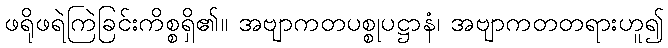
ဖရိုဖရဲကြဲခြင်းကိစ္စရှိ၏။ အဗျာကတပစ္စုပဋ္ဌာနံ၊ အဗျာကတတရားဟူ၍